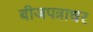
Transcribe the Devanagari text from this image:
बीजपत्राधर